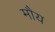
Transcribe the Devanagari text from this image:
मौय